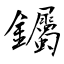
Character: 钃